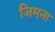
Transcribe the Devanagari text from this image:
जिमना